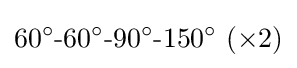
60^{\circ }{\text{-}}60^{\circ }{\text{-}}90^{\circ }{\text{-}}150^{\circ }~(\times 2)